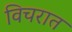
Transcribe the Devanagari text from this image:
विचरात